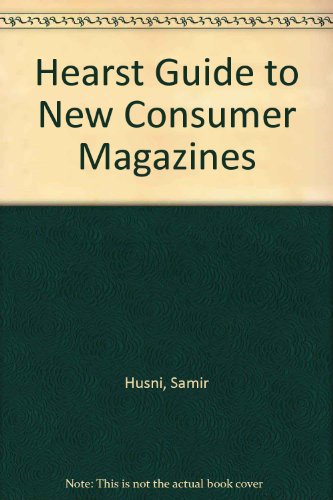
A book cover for Samir Husni's Guide to New Consumer Magazines; Samir A. Husni; Humor & Entertainment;